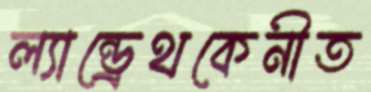
ল্যান্ড্রেথকেনীত